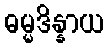
ဓမ္မဒိန္နာယ